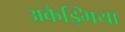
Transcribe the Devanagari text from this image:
अकैड्मिया